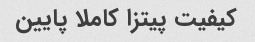
کیفیت پیتزا کاملا پایین